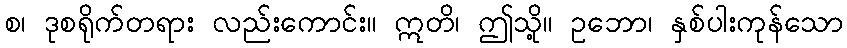
စ၊ ဒုစရိုက်တရား လည်းကောင်း။ ဣတိ၊ ဤသို့။ ဥဘော၊ နှစ်ပါးကုန်သော